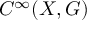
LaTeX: C ^ { \infty } ( X , G )